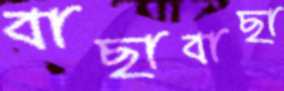
বাছাবাছা